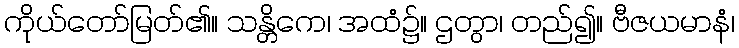
ကိုယ်တော်မြတ်၏။ သန္တိကေ၊ အထံ၌။ ဌတွာ၊ တည်၍။ ဗီဇယမာနံ၊